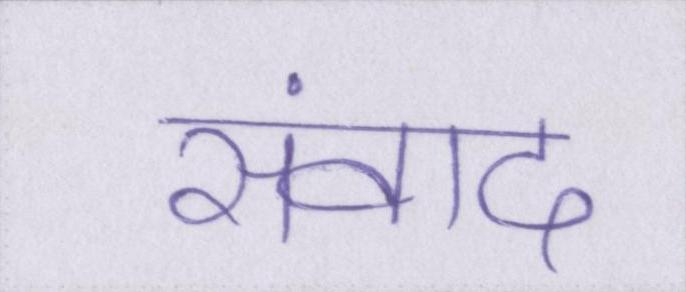
संवाद